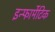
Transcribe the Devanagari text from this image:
इन्फार्मेटिक